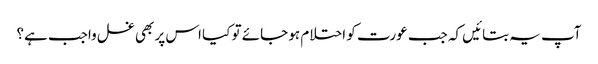
آپ یہ بتائیں کہ جب عورت کو احتلام ہو جائے تو کیا اس پر بھی غسل واجب ہے؟